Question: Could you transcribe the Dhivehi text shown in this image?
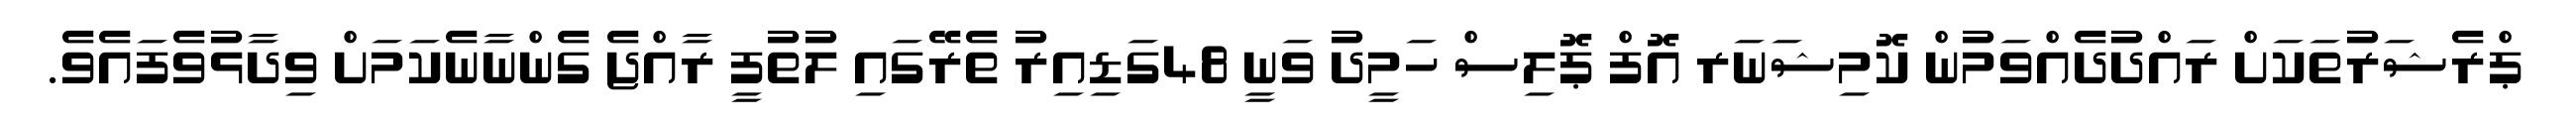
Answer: ޕްރެޝަރުތަކަށް ރައްދުދެއްވަމުން ކޮމިޝަނަރ އޮފް ޕޮލިސް ހަމީދު ވަނީ 48ގަޑިއިރު ތެރޭގައި ލުތުފީ ރާއްޖެ ގެންނާނެކަމަށް ވިދާޅުވެފައެވެ.